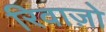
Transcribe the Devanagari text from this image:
रिवाज़ो